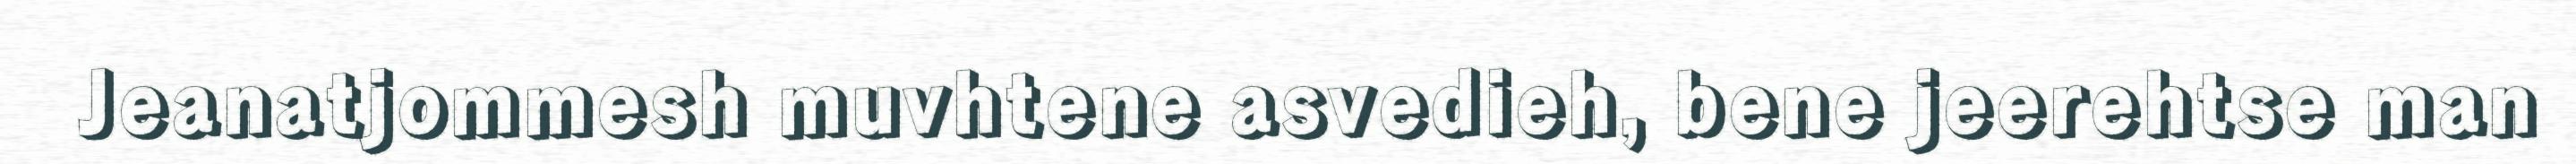
Jeanatjommesh muvhtene asvedieh, bene jeerehtse man